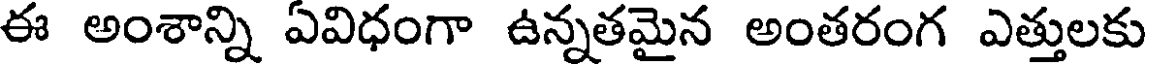
ఈ అంశాన్ని ఏవిధంగా ఉన్నతమైన అంతరంగ ఎత్తులకు